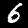
Digit: 6